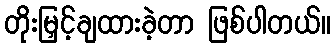
တိုးမြှင့်ချထားခဲ့တာ ဖြစ်ပါတယ်။